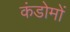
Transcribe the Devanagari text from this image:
कंडोमों